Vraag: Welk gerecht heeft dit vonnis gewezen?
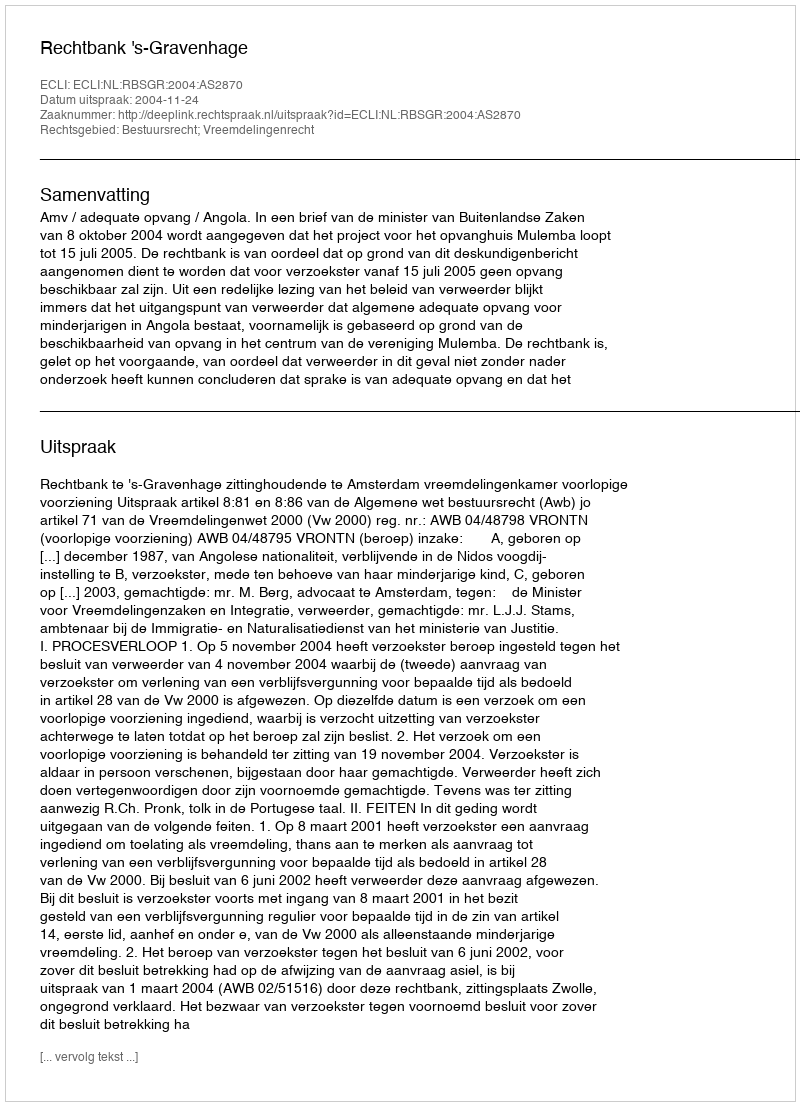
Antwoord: Rechtbank 's-Gravenhage